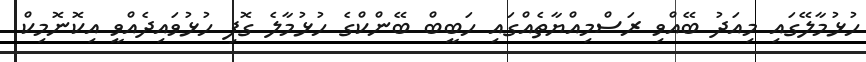
ހުޅުމާލޭގައި މިއަދު ބޭއްވި ރަސްމިއްޔާތެއްގައި ހަބީބް ބޭންކްގެ ހުޅުމާލެ ގޮފި ހުޅުވައިދެއްވީ އިކޮނޮމިކް